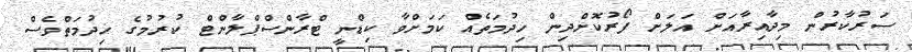
ސަރުކާރުން މިދާއިރާއަށް އަލަށް ފޯރުކޮށްދިން ޚިދުމަތެއް ކަމަށްވާ ކިޑްނީ ޓްރާންސްޕްލާންޓް ކުރުމުގެ ޚިދުމަތްވެސް